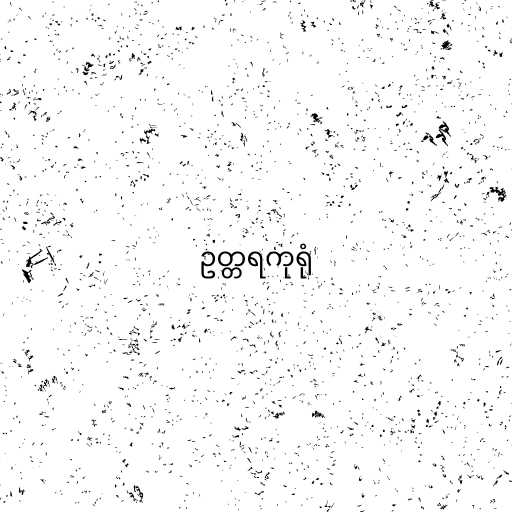
ဥတ္တရကုရုံ